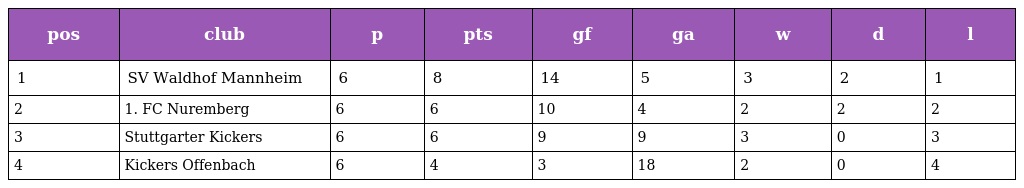
| pos | club | p | pts | gf | ga | w | d | l |
 | --- | --- | --- | --- | --- | --- | --- | --- | --- |
 | 1 | SV Waldhof Mannheim | 6 | 8 | 14 | 5 | 3 | 2 | 1 |
 | 2 | 1. FC Nuremberg | 6 | 6 | 10 | 4 | 2 | 2 | 2 |
 | 3 | Stuttgarter Kickers | 6 | 6 | 9 | 9 | 3 | 0 | 3 |
 | 4 | Kickers Offenbach | 6 | 4 | 3 | 18 | 2 | 0 | 4 |